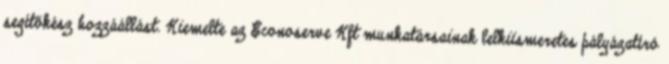
segítőkész hozzáállást. Kiemelte az Econoserve Kft munkatársainak lelkiismeretes pályázatíró